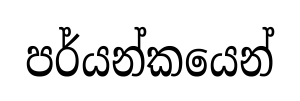
පර්යන්කයෙන්